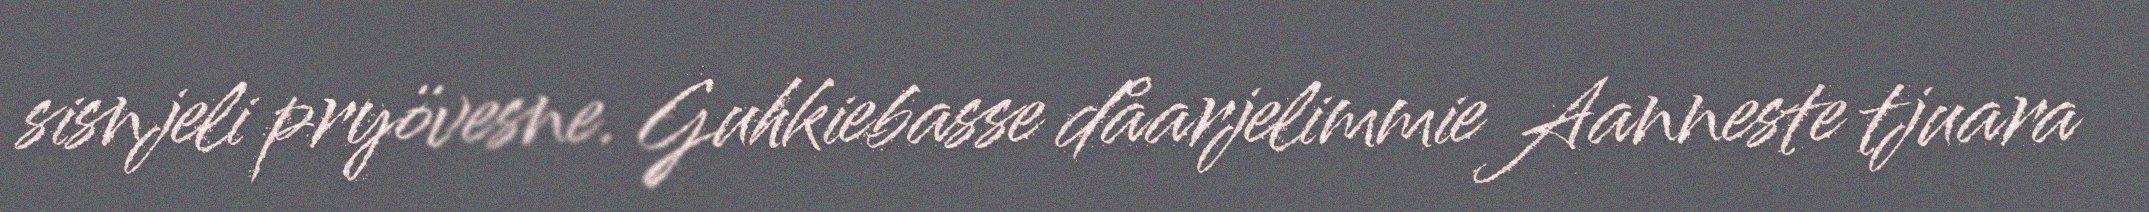
sisnjeli pryövesne. Guhkiebasse dåarjelimmie Aanneste tjuara